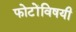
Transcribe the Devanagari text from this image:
फोटोंविषयी